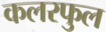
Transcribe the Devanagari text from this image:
कलरफुल